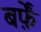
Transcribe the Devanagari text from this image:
बर्फ़ें